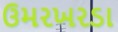
ઉમરખરડા